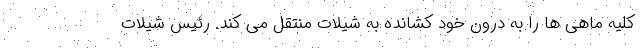
کلیه ماهی ها را به درون خود کشانده به شیلات منتقل می کند. رئیس شیلات